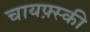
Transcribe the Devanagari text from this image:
चायफ़्स्की